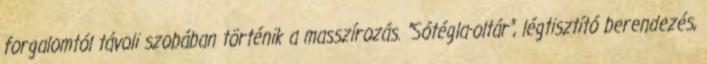
forgalomtól távoli szobában történik a masszírozás. "Sótégla-oltár", légtisztító berendezés,